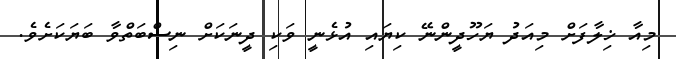
މިއާ ޚިލާފަށް މިއަދު ޔަހޫދީންނޭ ކިޔައި އުޅެނީ ވަކި ދީނަކަށް ނިސްބަތްވާ ބަޔަކަށެވެ.